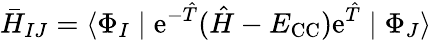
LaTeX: \bar{H}_{IJ}=\langle\Phi_{I}\mid\mathrm{e}^{-\hat{T}}(\hat{H}-E_{\mathrm{CC}})\mathrm{e}^{\hat{T}}\mid\Phi_{J}\rangle